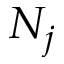
N _ { j }